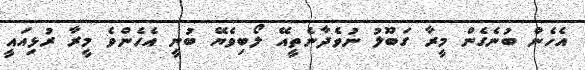
އެހެން ބުނެގެން މީރާ ގަބޫލު ނުވެދާނެތީއޭ ލޯބިވެޔޭ ބުނީ އެހެންވެ މީރާ ރުޅިއައީ